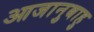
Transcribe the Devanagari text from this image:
आजानुबाहु